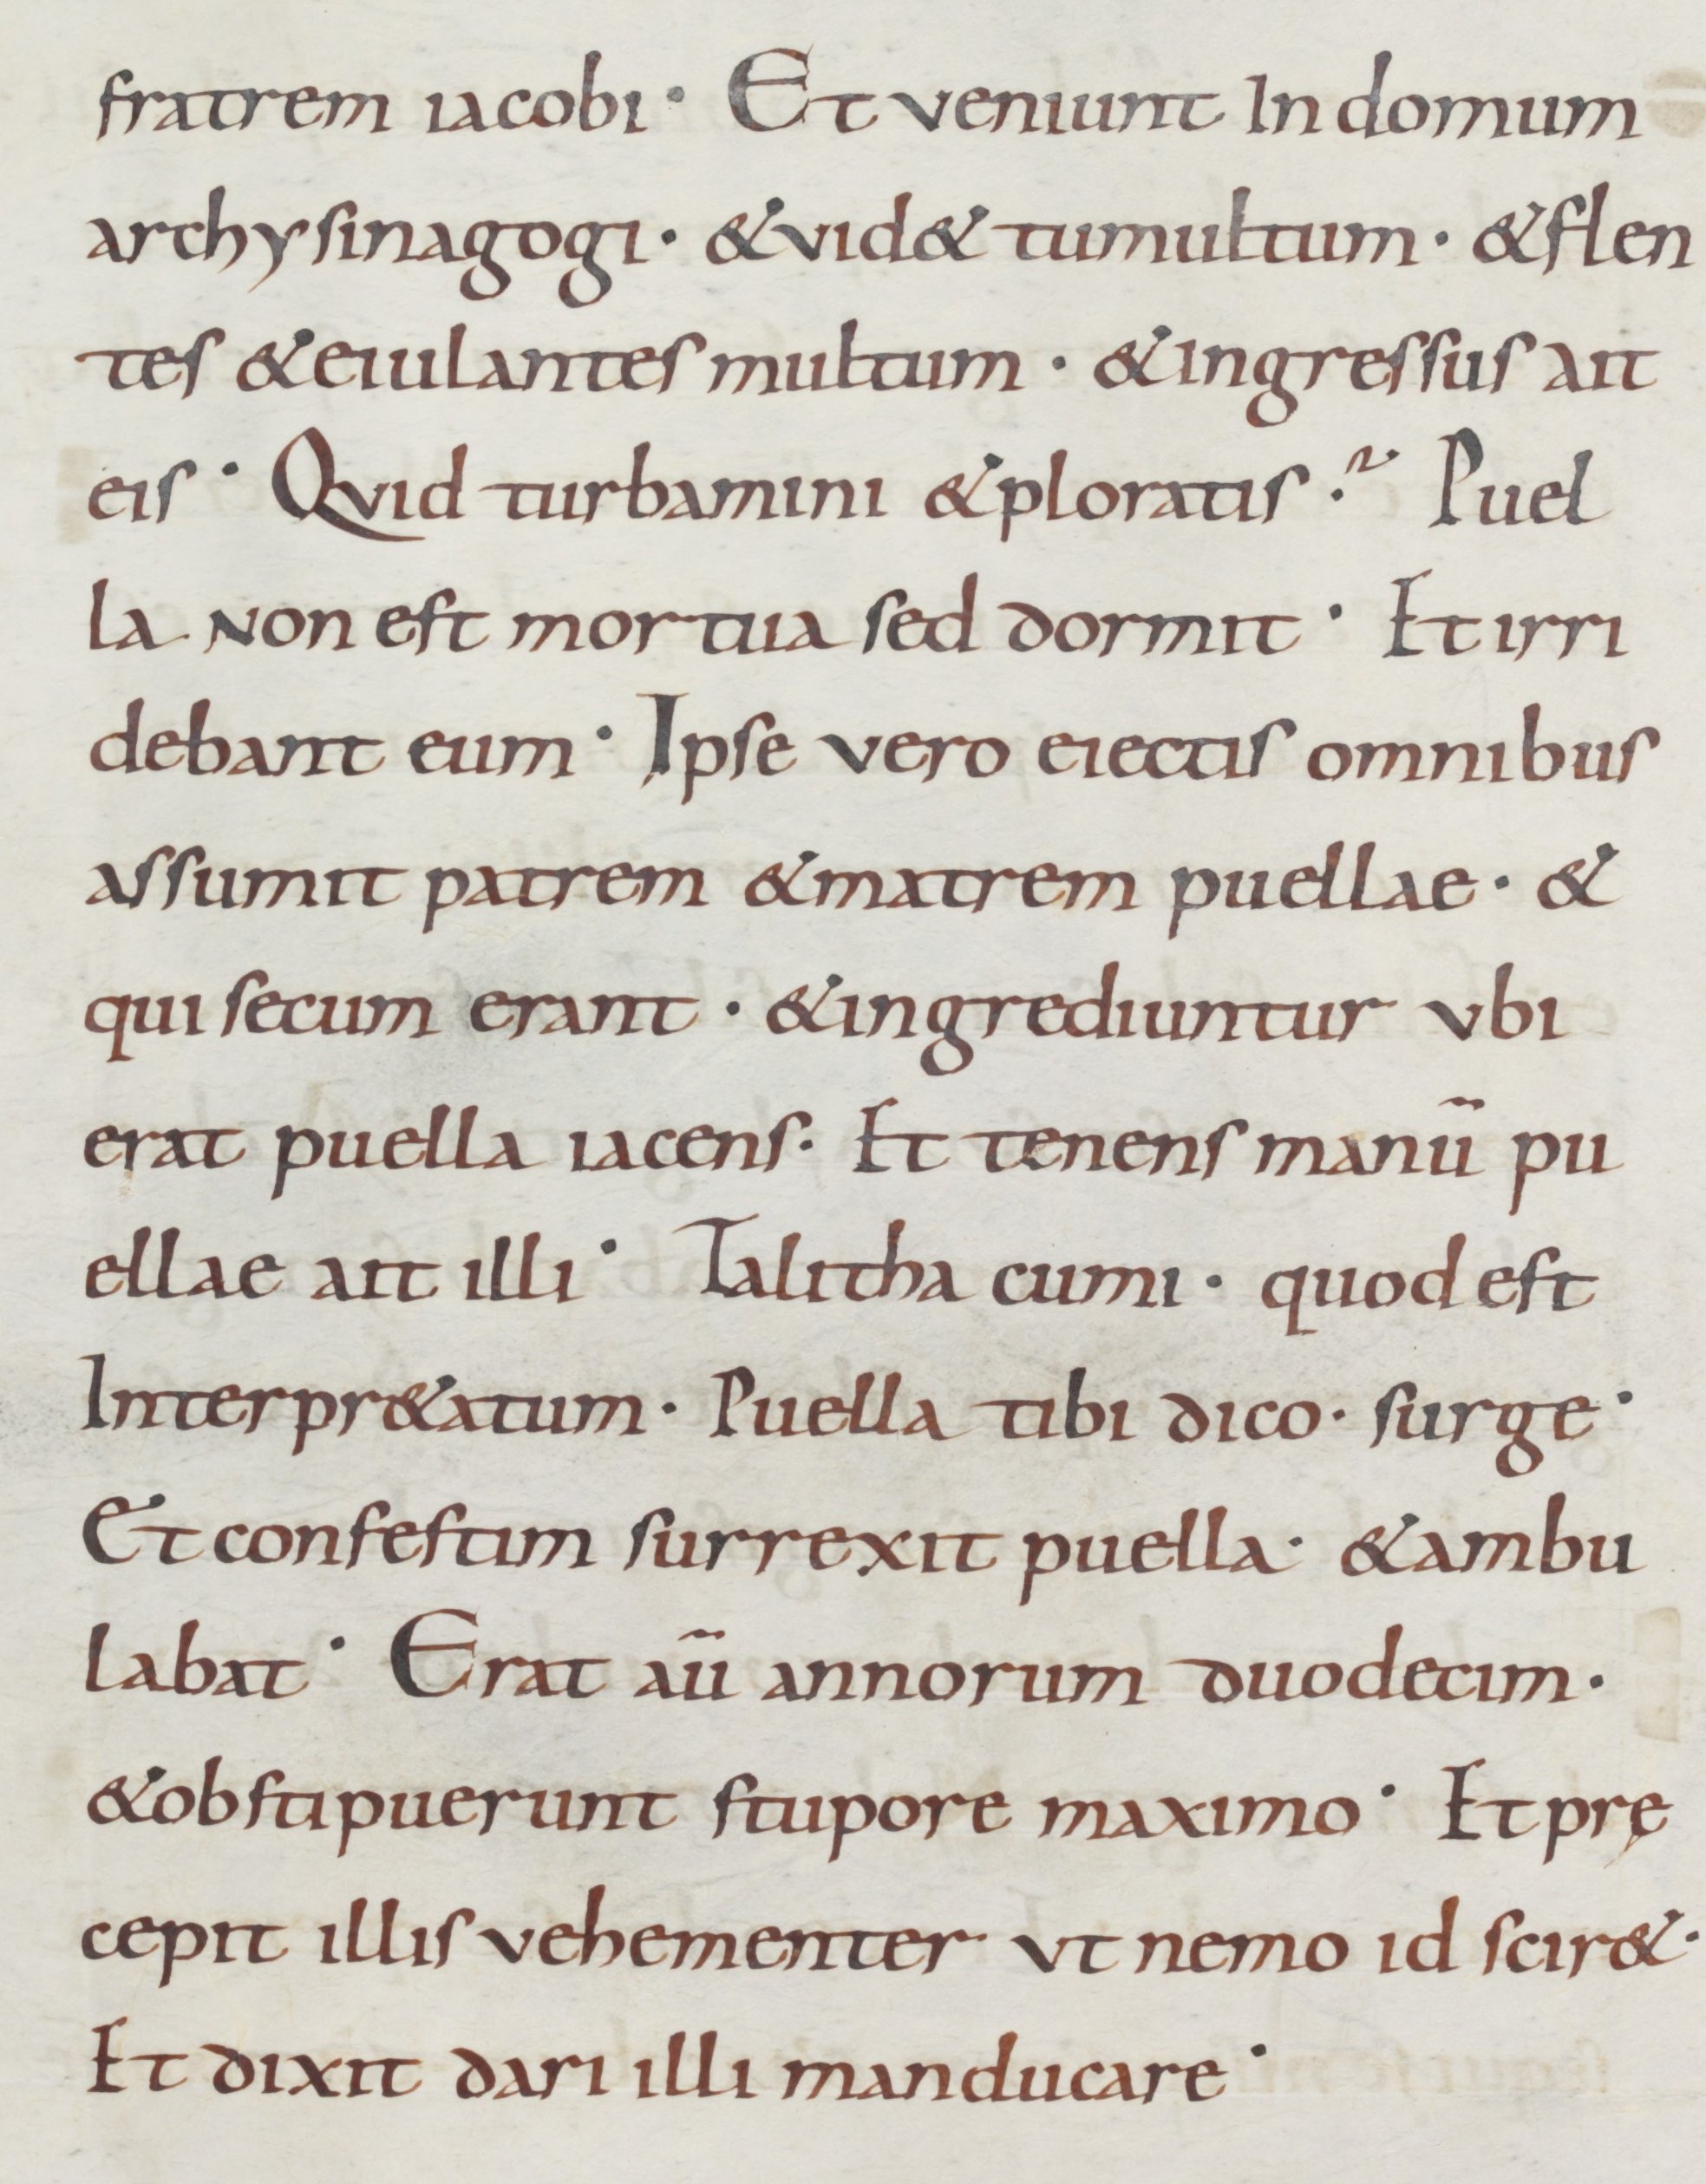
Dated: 875–899